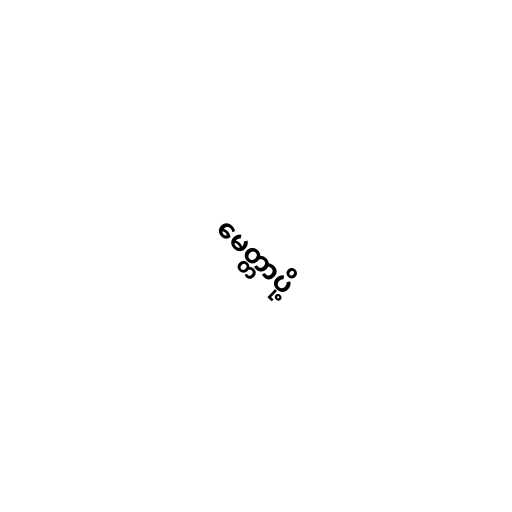
မေတ္တာပို့